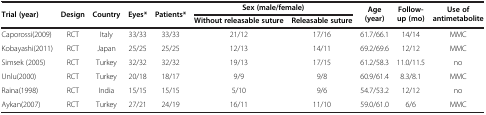
<table><thead><tr><td rowspan="2"><b>Trial (year)</b></td><td rowspan="2"><b>Design</b></td><td rowspan="2"><b>Country</b></td><td rowspan="2"><b>Eyes*</b></td><td rowspan="2"><b>Patients*</b></td><td colspan="2"><b>Sex (male/female)</b></td><td rowspan="2"><b>Age (year)</b></td><td rowspan="2"><b>Follow-up (mo)</b></td><td rowspan="2"><b>Use of antimetabolite</b></td></tr><tr><td><b>Without releasable suture</b></td><td><b>Releasable suture</b></td></tr></thead><tbody><tr><td>Caporossi(2009)</td><td>RCT</td><td>Italy</td><td>33/33</td><td>33/33</td><td>21/12</td><td>17/16</td><td>61.7/66.1</td><td>14/14</td><td>MMC</td></tr><tr><td>Kobayashi(2011)</td><td>RCT</td><td>Japan</td><td>25/25</td><td>25/25</td><td>12/13</td><td>14/11</td><td>69.2/69.6</td><td>12/12</td><td>MMC</td></tr><tr><td>Simsek (2005)</td><td>RCT</td><td>Turkey</td><td>32/32</td><td>32/32</td><td>19/13</td><td>17/15</td><td>61.2/58.3</td><td>11.0/11.5</td><td>no</td></tr><tr><td>Unlu(2000)</td><td>RCT</td><td>Turkey</td><td>20/18</td><td>18/17</td><td>9/9</td><td>9/8</td><td>60.9/61.4</td><td>8.3/8.1</td><td>MMC</td></tr><tr><td>Raina(1998)</td><td>RCT</td><td>India</td><td>15/15</td><td>15/15</td><td>5/10</td><td>9/6</td><td>54.7/53.2</td><td>12/12</td><td>no</td></tr><tr><td>Aykan(2007)</td><td>RCT</td><td>Turkey</td><td>27/21</td><td>24/19</td><td>16/11</td><td>11/10</td><td>59.0/61.0</td><td>6/6</td><td>MMC</td></tr></tbody></table>